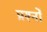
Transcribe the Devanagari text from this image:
प्रश्नोँ